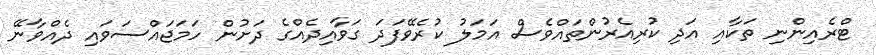
ޓްރެއިންނި ތަކާއި އަދި ކުރިއެރުންތައްވެސް އަމަލު ކުރެވޭފަދަ ގަވާއިދެއްގެ ދަށުން ހަމަޖައްސަވައި ދެއްވާނޭ